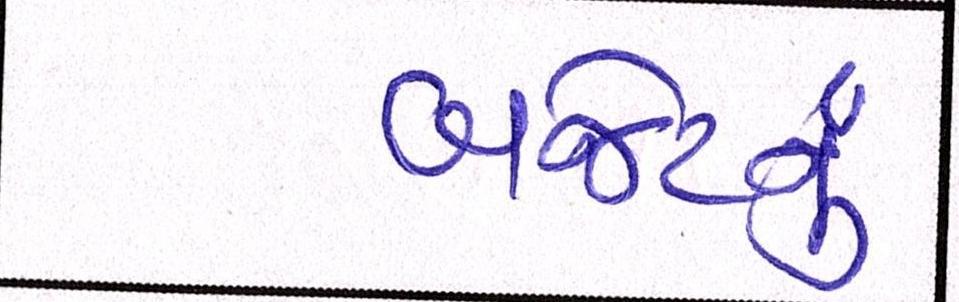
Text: બજેટનું